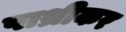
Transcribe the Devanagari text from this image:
पाथ्रीकर